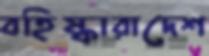
বহিষ্কারাদেশ